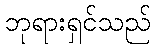
ဘုရားရှင်သည်